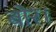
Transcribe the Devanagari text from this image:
बोर।